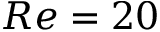
R e = 2 0